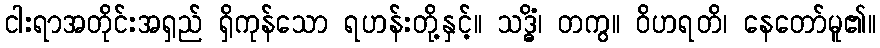
ငါးရာအတိုင်းအရှည် ရှိကုန်သော ရဟန်းတို့နှင့်။ သဒ္ဓိံ၊ တကွ။ ဝိဟရတိ၊ နေတော်မူ၏။